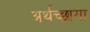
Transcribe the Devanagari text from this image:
अर्थच्छाया